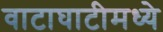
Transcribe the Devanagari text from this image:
वाटाघाटीमध्ये